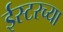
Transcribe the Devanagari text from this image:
ईस्टरच्या